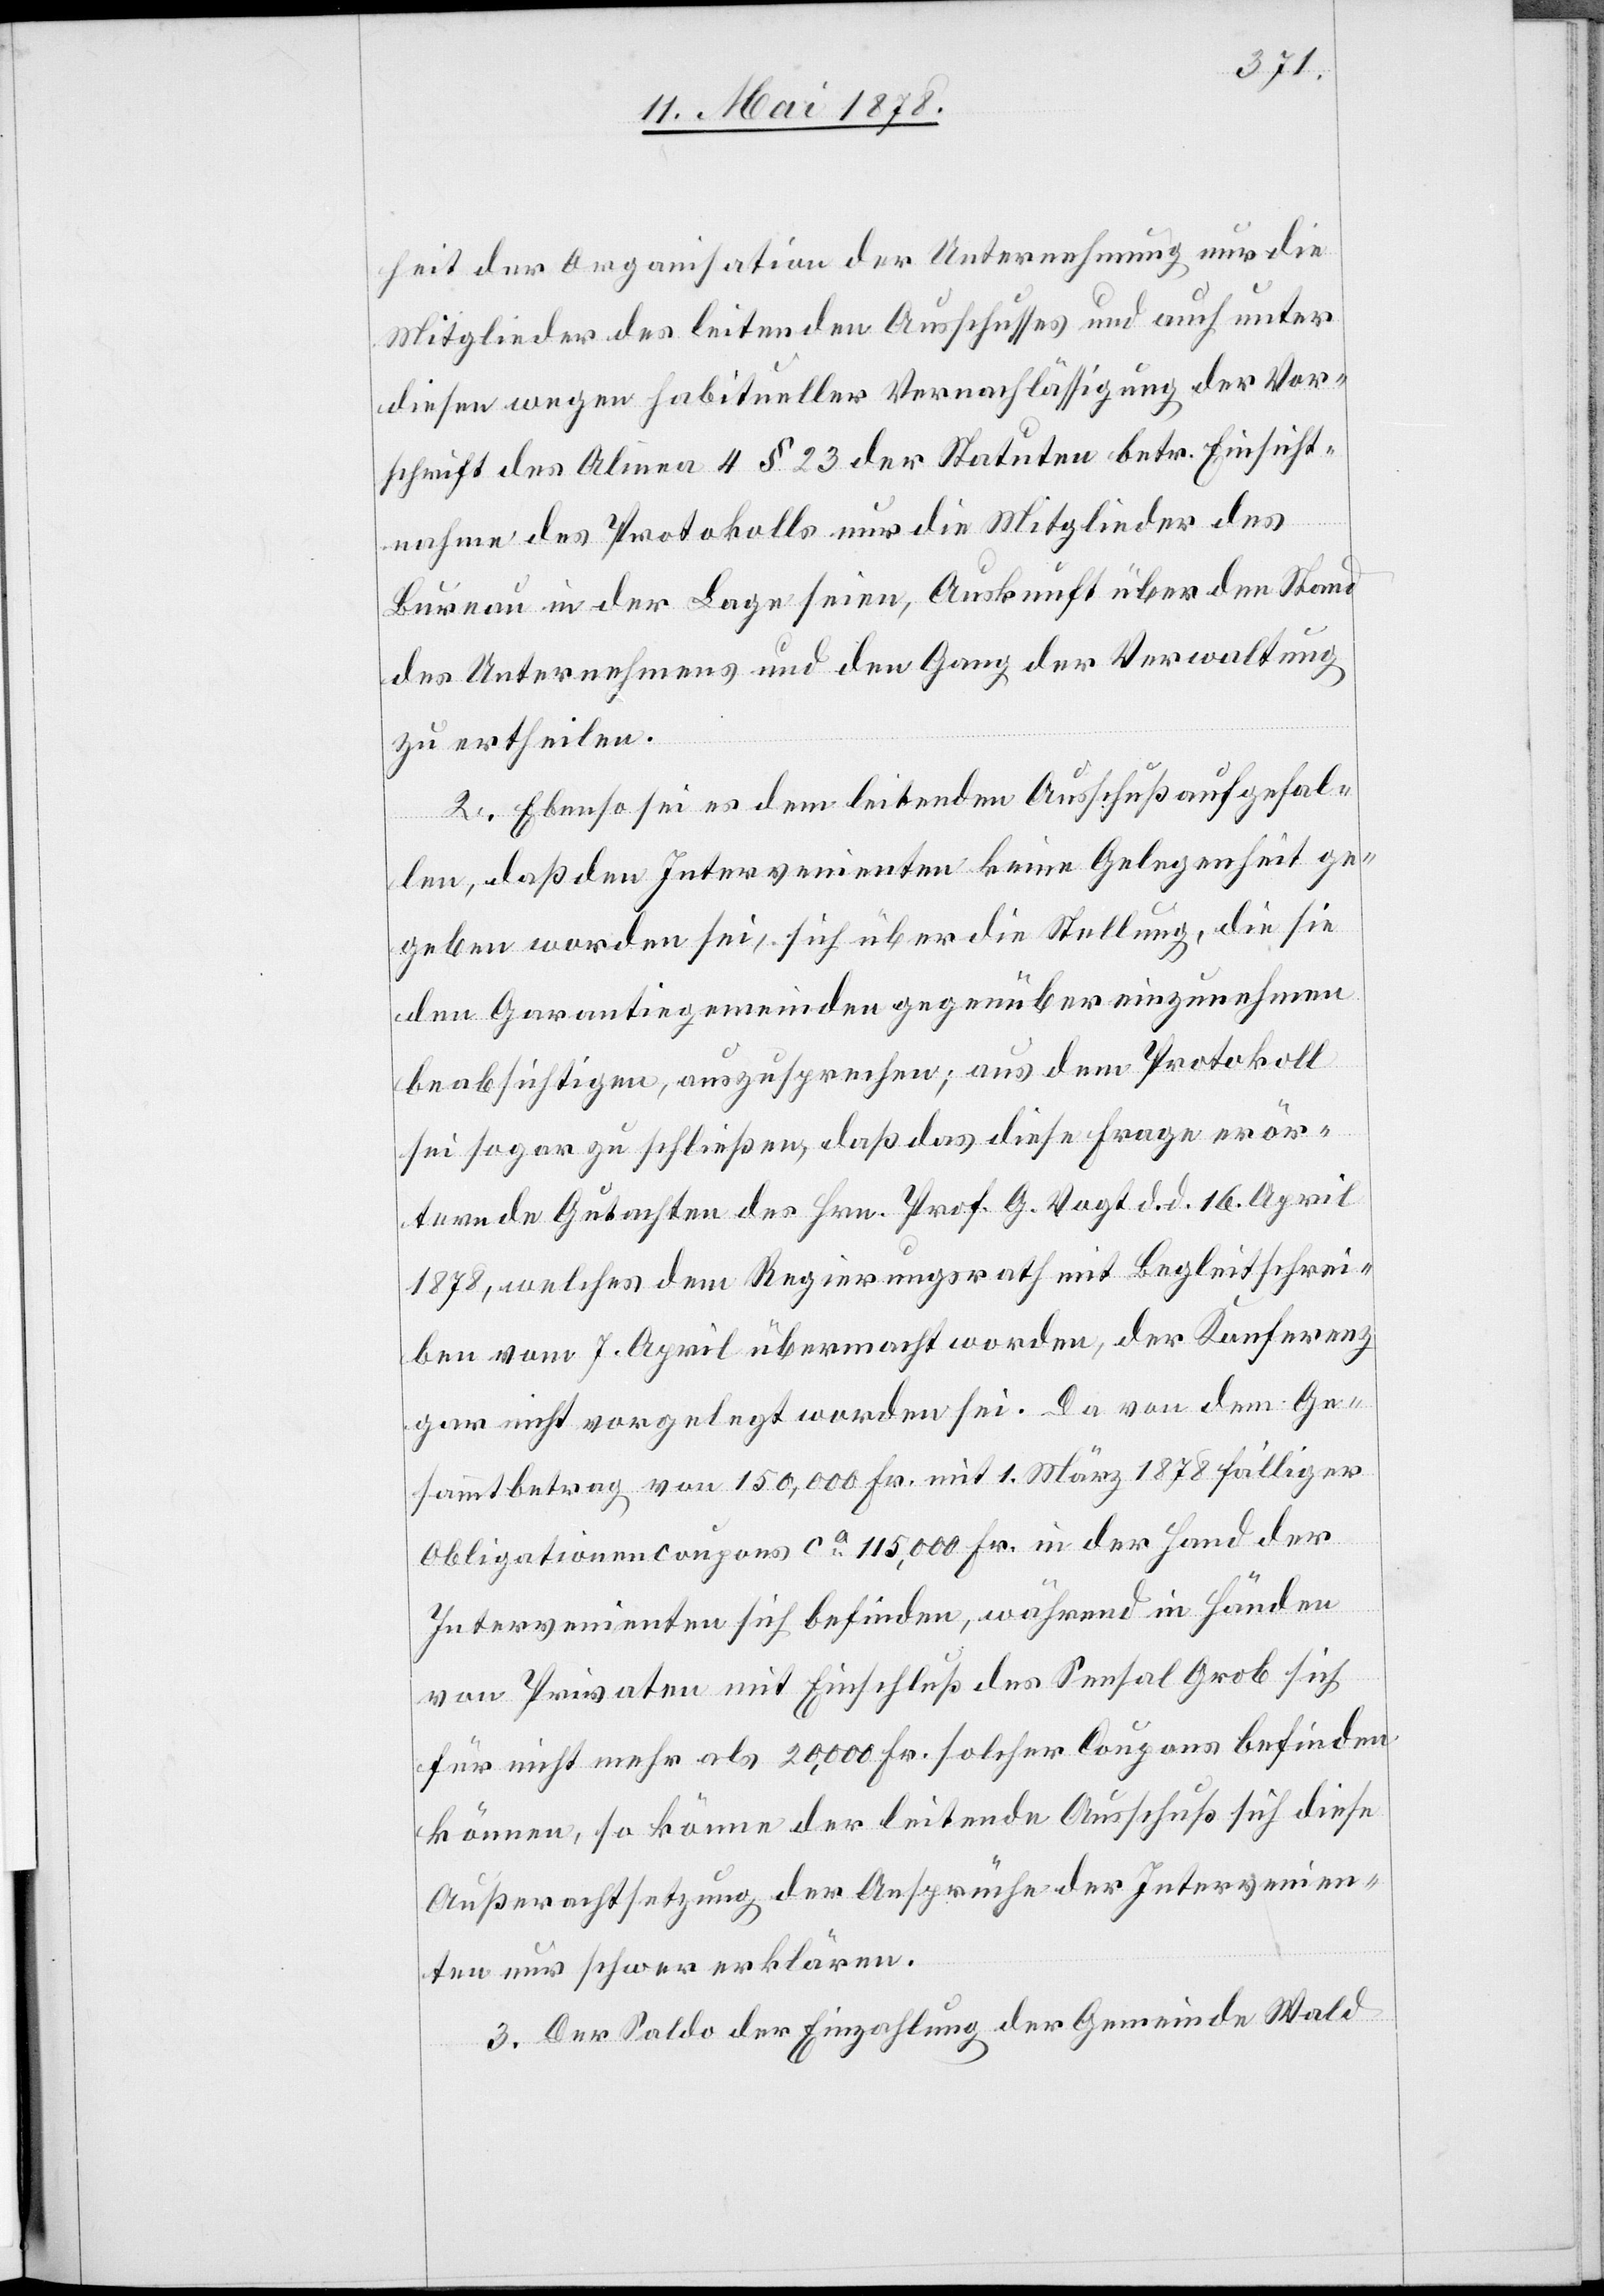
heit der Organisation der Unternehmung nur die
Mitglieder des leitenden Ausschusses und auch unter
diesen wegen habitueller Vernachlässigung der Vor¬
schrift des Alinea 4 § 23 der Statuten betr. Einsicht¬
nahme des Protokolls nur die Mitglieder des
Bureau in der Lage seien, Auskunft über den Stand
des Unternehmens und den Gang der Verwaltung
zu ertheilen.
2. Ebenso sei es dem leitenden Ausschuß aufgefal¬
len, daß den Intervenienten keine Gelegenheit ge¬
geben worden sei, sich über die Stellung, die sie
den Garantiegemeinden gegenüber einzunehmen
beabsichtigen, auszusprechen; aus dem Protokoll
sei sogar zu schließen, daß das diese Frage erör¬
ternde Gutachten des Hrn. Prof. G. Vogt d. d. 16. April
1878, welches dem Regierungsrath mit Begleitschrei¬
ben vom 7. April übermacht worden, der Konferenz
gar nicht vorgelegt worden sei. Da von dem Ge¬
sammtbetrag von 150,000 Fr. mit 1. März 1878 fälliger
Obligationencoupons ca 115,000 Fr. in der Hand der
Intervenienten sich befinden, während in Händen
von Privaten mit Einschluß des Sensal Grob sich
für nicht mehr 20,000 Fr. solcher Coupons befinden
können, so könne der leitende Ausschuß sich diese
Außerachtsetzung der Ansprüche der Intervenien¬
ten nur schwer erklären.
3. Der Saldo der Einzahlung der Gemeinde Wald